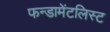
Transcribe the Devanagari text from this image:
फन्डामेंटलिस्ट